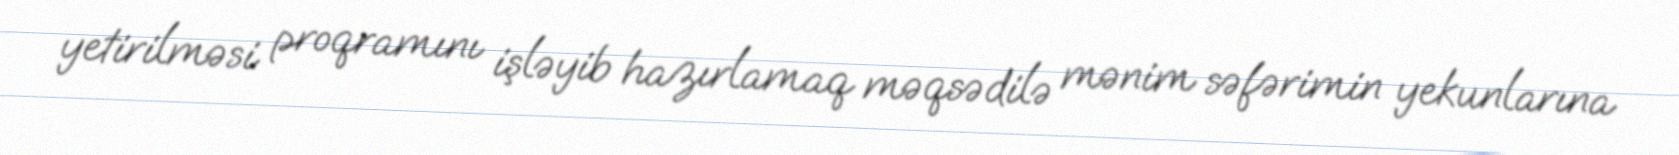
yetirilməsi proqramını işləyib hazırlamaq məqsədilə mənim səfərimin yekunlarına